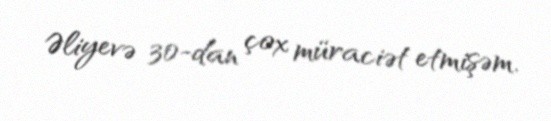
Əliyevə 30-dan çox müraciət etmişəm.